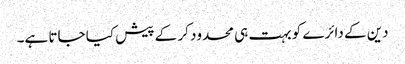
دین کے دائرے کو بہت ہی محدود کر کے پیش کیا جاتا ہے۔